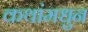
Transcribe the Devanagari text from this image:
कथांमधुन